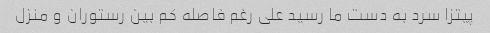
پیتزا سرد به دست ما رسید علی رغم فاصله کم بین رستوران و منزل